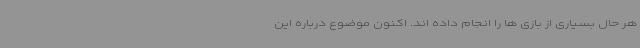
هر حال بسیاری از بازی ها را انجام داده اند. اکنون موضوع درباره این